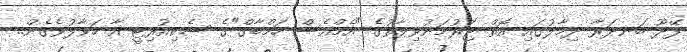
ފޭދޫ ބަނދަރާ ދިމާލުގައި އޮތް ޖަރުމަނުވިލާތުގެ "އެމްއެސް ހަމްބާގް"ގެ ސެކިއުރިޓީ އާ ހަވާލުވެގެން..